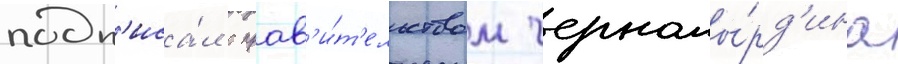
подп'иса́л с прав'и́т'ельством черномы́рд'ина